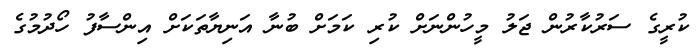
ކުރީގެ ސަރުކާރުން ޖަލު މީހުންނަށް ކުރި ކަމަށް ބުނާ އަނިޔާތަކަށް އިންސާފު ހޯދުމުގެ